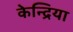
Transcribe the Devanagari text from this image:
केन्द्रिया